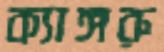
ক্যাঙ্গরু